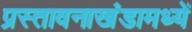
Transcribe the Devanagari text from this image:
प्रस्तावनाखंडामध्यें